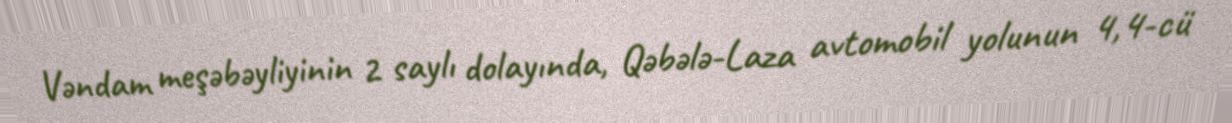
Vəndam meşəbəyliyinin 2 saylı dolayında, Qəbələ-Laza avtomobil yolunun 4,4-cü